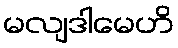
မလျဒါမေဟိ